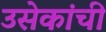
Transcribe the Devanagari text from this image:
उसेकांची